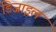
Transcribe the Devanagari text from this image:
डिजाइल